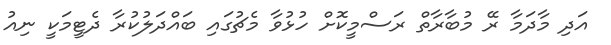
އަދި މާދަމާ ރޭ މުބާރާތް ރަސްމީކޮށް ހުޅުވާ މެޗުގައި ބައްދަލުކުރާ ދެޓީމަކީ ނިއު